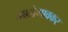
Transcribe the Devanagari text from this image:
मालेगावकर